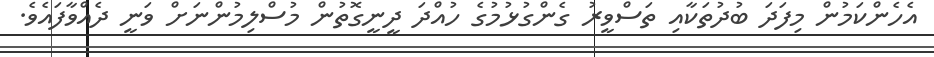
އެހެންކަމުން މިފަދަ ބުދުތަކާއި ތަސްވީރު ގެންގުޅުމުގެ ހުއްދަ ދީނީގޮތުން މުސްލިމުންނަށް ވަނީ ދެއްވާފައެވެ.